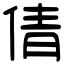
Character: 倩